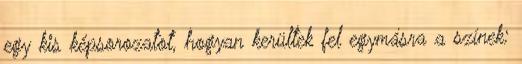
egy kis képsorozatot, hogyan kerültek fel egymásra a színek: